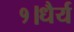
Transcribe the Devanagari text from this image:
१।धैर्य